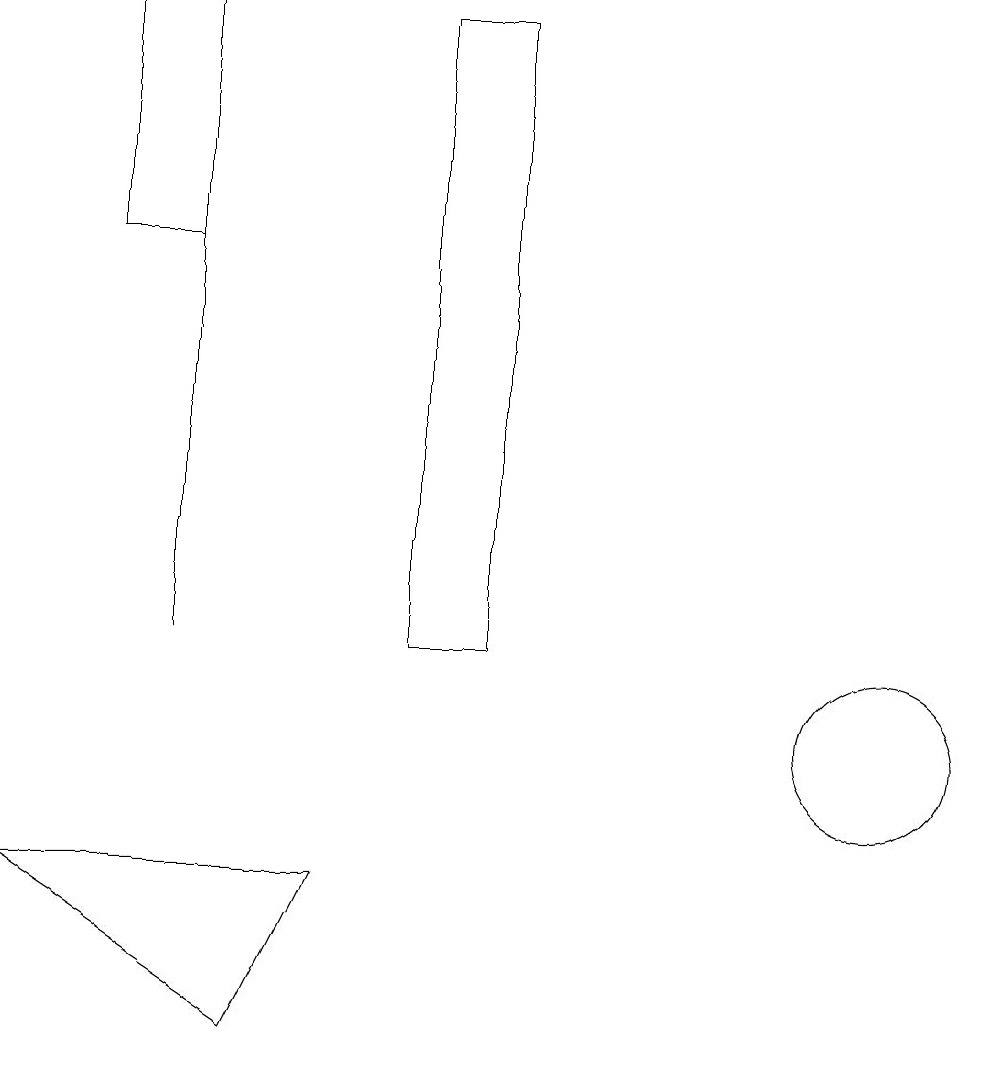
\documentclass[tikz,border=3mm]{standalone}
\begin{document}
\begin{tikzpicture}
\draw (5,8) -- (1,8) -- (4,6) -- cycle;
\draw (3,19) rectangle (2,16);
\draw (3,11) rectangle (3,16);
\draw (6,11) rectangle (7,19);
\draw (12,10) circle (1);
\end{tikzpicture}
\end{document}